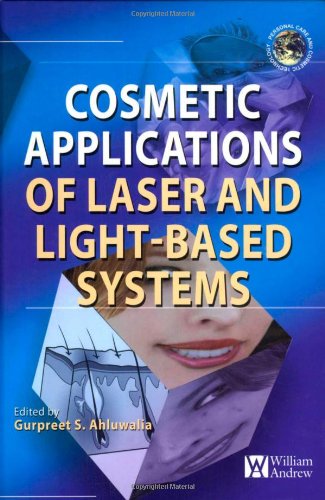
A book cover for Cosmetics Applications of Laser & Light-Based Systems (Personal Care and Cosmetic Technology); Gurpreet Ahluwalia; Medical Books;